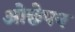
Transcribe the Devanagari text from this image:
ओछेपन